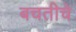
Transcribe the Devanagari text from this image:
बचतीचे